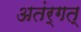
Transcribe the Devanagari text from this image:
अतंर्गत्